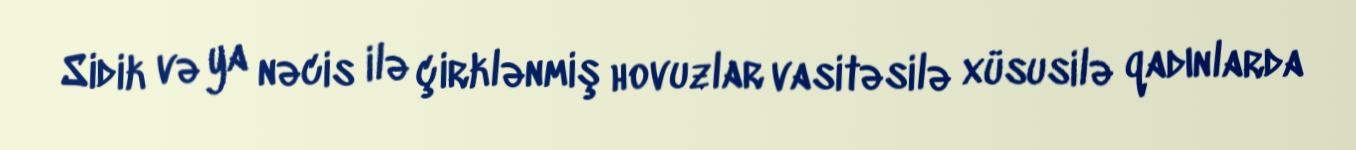
Sidik və ya nəcis ilə çirklənmiş hovuzlar vasitəsilə xüsusilə qadınlarda